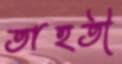
তাহতী